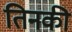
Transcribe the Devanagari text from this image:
तिनकी